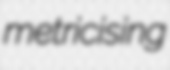
metricising